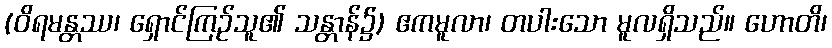
(ဝိရမန္တဿ၊ ရှောင်ကြဉ်သူ၏ သန္တာန်၌) ဧကမူလာ၊ တပါးသော မူလရှိသည်။ ဟောတိ၊